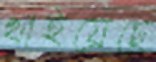
খাইয়েছে